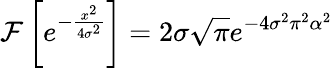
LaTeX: \mathcal{F}\left[e^{-\frac{x^{2}}{4\sigma^{2}}}\right]=2\sigma\sqrt{\pi}e^{-4\sigma^{2}\pi^{2}\alpha^{2}}